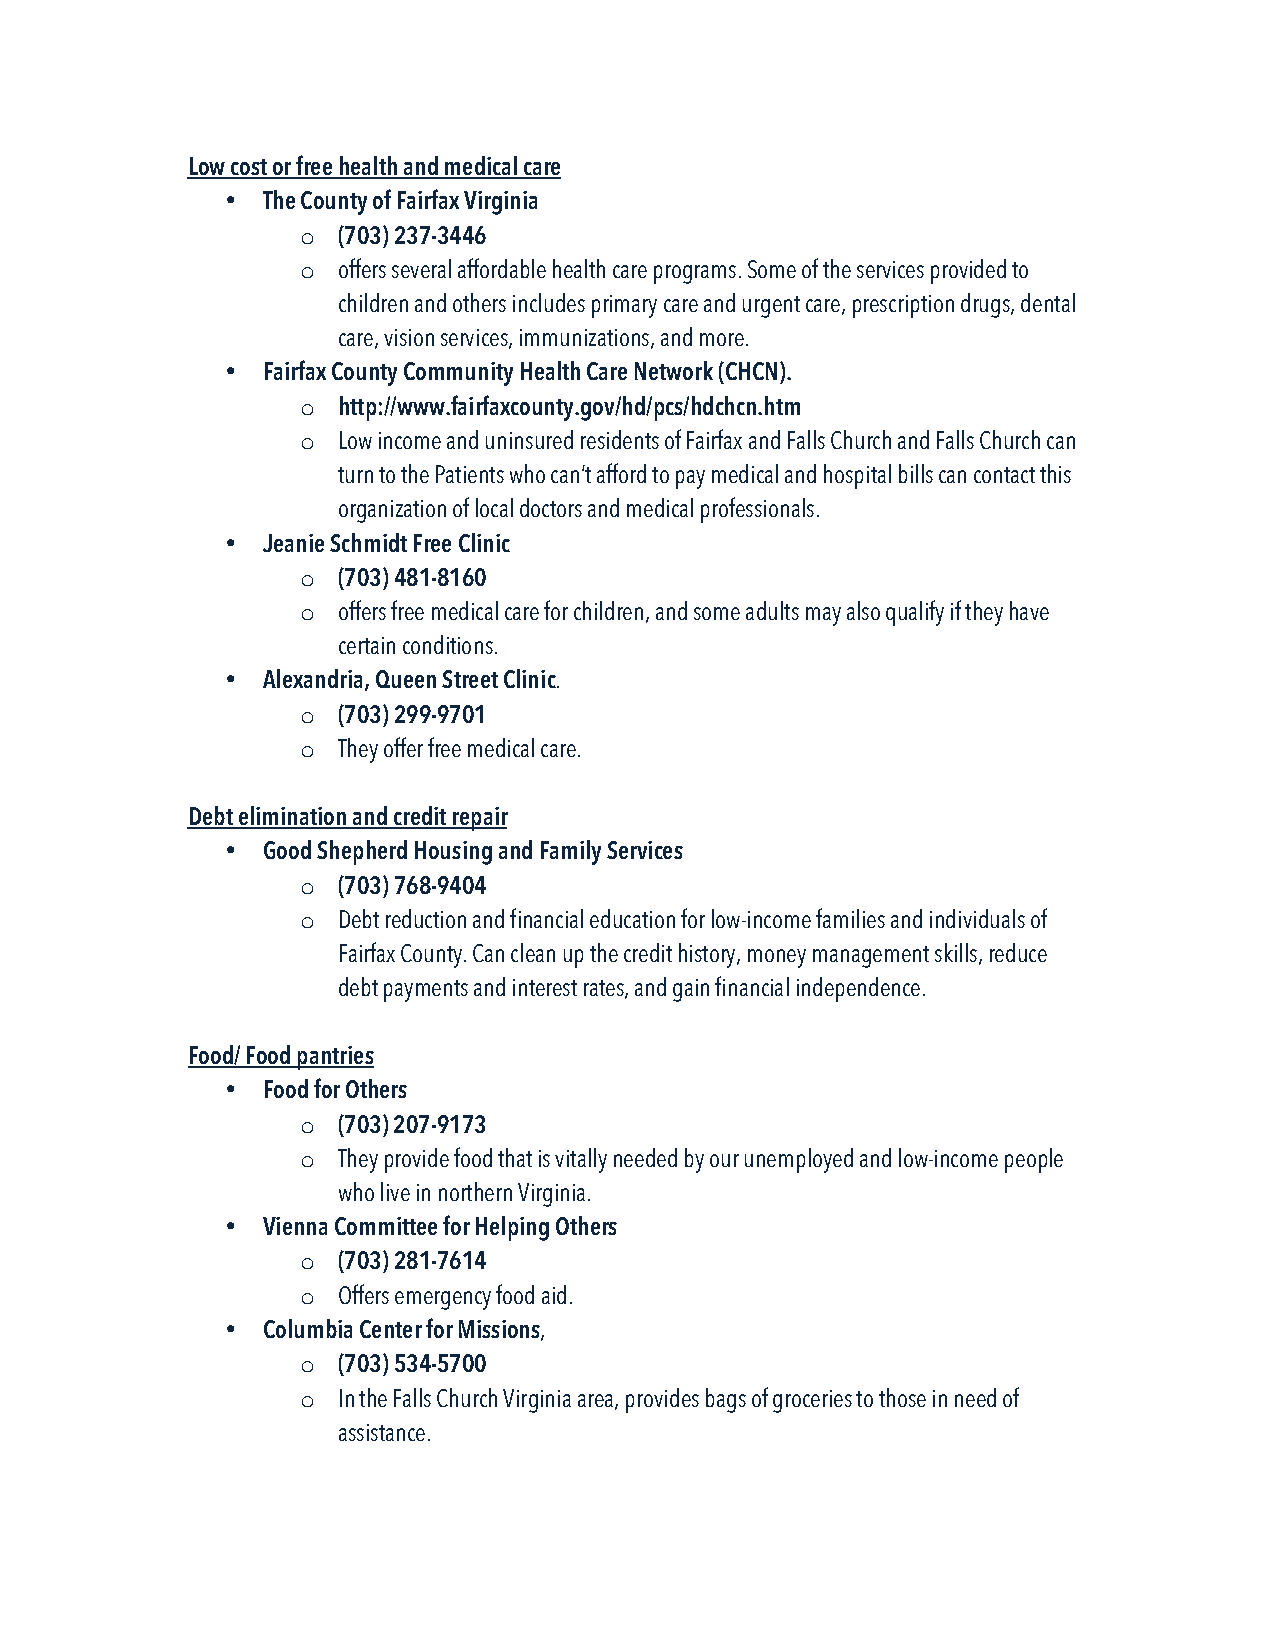
Low cost or free health and medical care
 • The County of Fairfax Virginia
 o (703) 237-3446
 o offers several affordable health care programs. Some of the services provided to
 children and others includes primary care and urgent care, prescription drugs, dental
 care, vision services, immunizations, and more.
 • Fairfax County Community Health Care Network (CHCN).
 o http://www.fairfaxcounty.gov/hd/pcs/hdchcn.htm
 o Low income and uninsured residents of Fairfax and Falls Church and Falls Church can
 turn to the Patients who can’t afford to pay medical and hospital bills can contact this
 organization of local doctors and medical professionals.
 • Jeanie Schmidt Free Clinic
 o (703) 481-8160
 o offers free medical care for children, and some adults may also qualify if they have
 certain conditions.
 • Alexandria, Queen Street Clinic.
 o (703) 299-9701
 o They offer free medical care.
 Debt elimination and credit repair
 • Good Shepherd Housing and Family Services
 o (703) 768-9404
 o Debt reduction and financial education for low-income families and individuals of
 Fairfax County. Can clean up the credit history, money management skills, reduce
 debt payments and interest rates, and gain financial independence.
 Food/ Food pantries
 • Food for Others
 o (703) 207-9173
 o They provide food that is vitally needed by our unemployed and low-income people
 who live in northern Virginia.
 • Vienna Committee for Helping Others
 o (703) 281-7614
 o Offers emergency food aid.
 • Columbia Center for Missions,
 o (703) 534-5700
 o In the Falls Church Virginia area, provides bags of groceries to those in need of
 assistance.